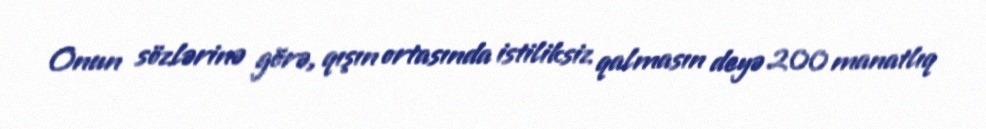
Onun sözlərinə görə, qışın ortasında istiliksiz qalmasın deyə 200 manatlıq